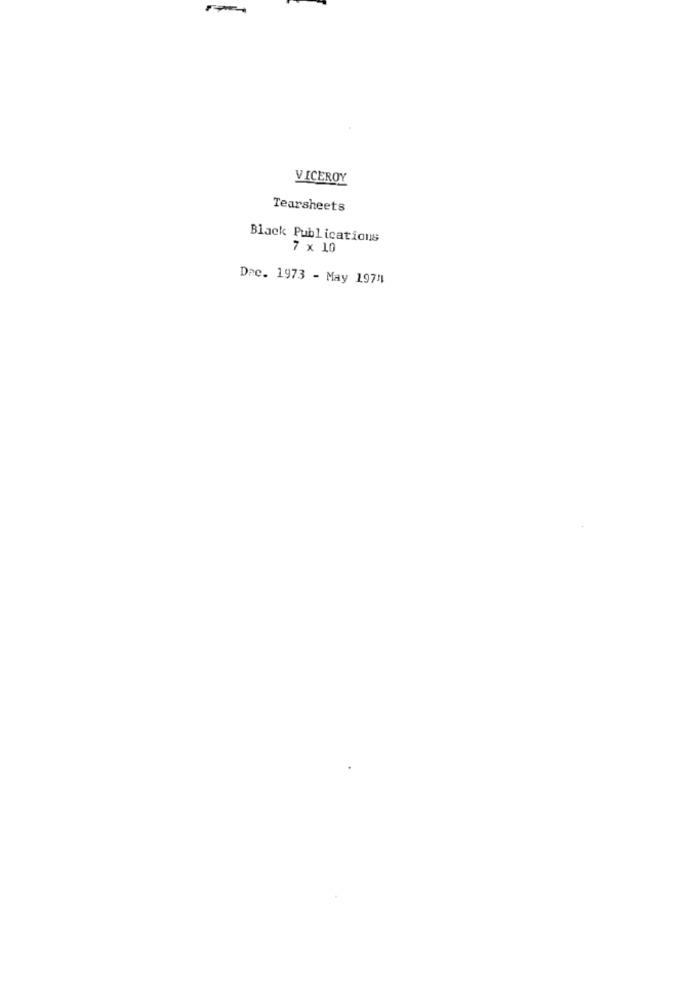
VICEROY
Tearsheets
Black Publications
7 x 10
Dec. 1973 - May 1974